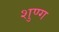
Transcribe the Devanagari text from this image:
शुण्ग